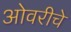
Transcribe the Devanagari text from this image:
ओवरीचे